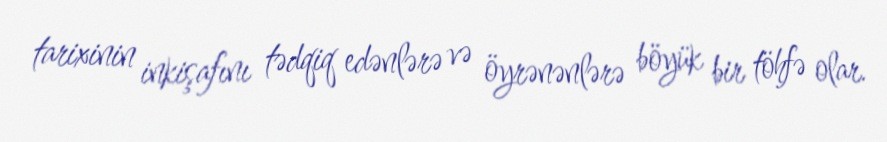
tarixinin inkişafını tədqiq edənlərə və öyrənənlərə böyük bir töhfə olar.